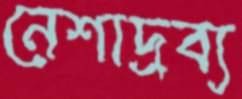
নেশাদ্রব্য